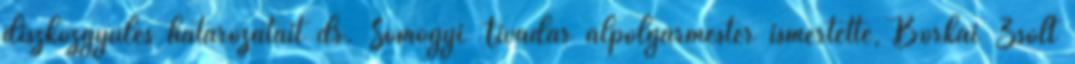
díszközgyűlés határozatait dr. Somogyi Tivadar alpolgármester ismertette, Borkai Zsolt